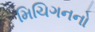
મિચિગનનો